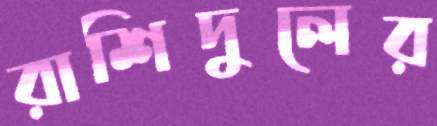
রাশিদুলের